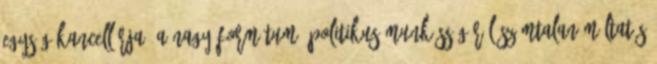
egység kancellárja. A nagy formátumú politikus munkásságáról számtalan méltatás